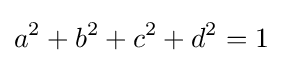
a^{2}+b^{2}+c^{2}+d^{2}=1